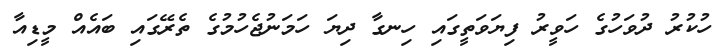
ހުކުރު ދުވަހުގެ ހަވީރު ފިޔަވަތީގައި ހިނގާ ދިޔަ ހަމަނުޖެހުމުގެ ތެރޭގައި ބައެއް މީޑިއާ